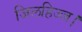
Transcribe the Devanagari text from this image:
जिलहिज्ज।